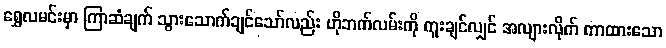
ရွှေလမင်းမှာ ကြာဆံချက် သွားသောက်ချင်သော်လည်း ဟိုဘက်လမ်းကို ကူးချင်လျှင် အလျားလိုက် ကာထားသော